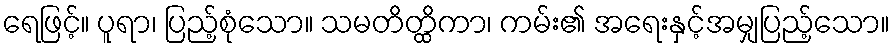
ရေဖြင့်။ ပူရာ၊ ပြည့်စုံသော။ သမတိတ္ထိကာ၊ ကမ်း၏ အရေးနှင့်အမျှပြည့်သော။